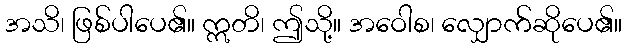
အသိ၊ ဖြစ်ပါပေ၏။ ဣတိ၊ ဤသို့။ အဝေါစ၊ လျှောက်ဆိုပေ၏။